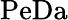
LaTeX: \mathrm{PeDa}